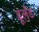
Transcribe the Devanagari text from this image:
डूलँड